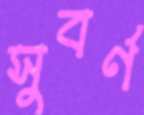
সুবর্ণ